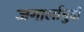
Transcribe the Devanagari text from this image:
जगार्लामुदी